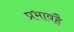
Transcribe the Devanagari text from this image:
प्रभावहै